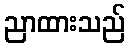
ညာထားသည်